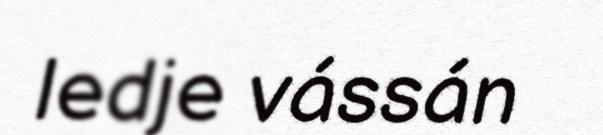
ledje vássán